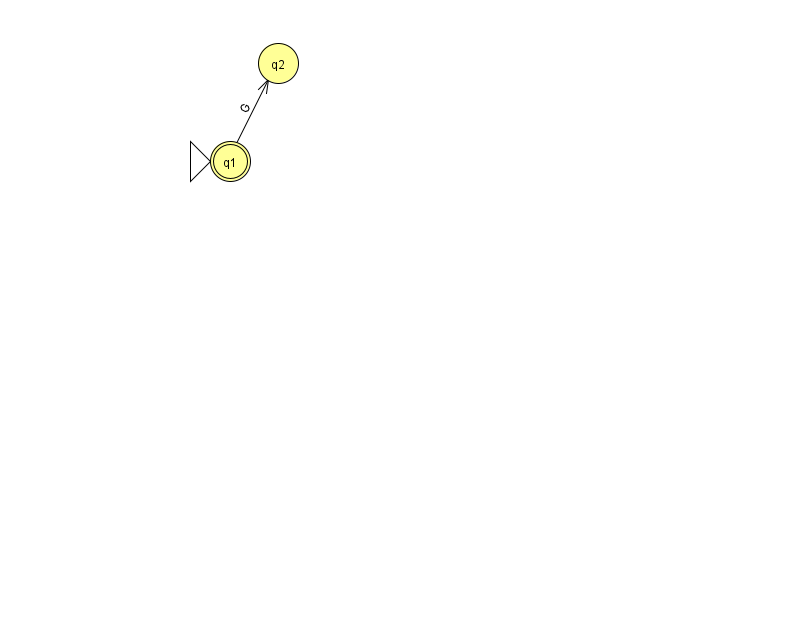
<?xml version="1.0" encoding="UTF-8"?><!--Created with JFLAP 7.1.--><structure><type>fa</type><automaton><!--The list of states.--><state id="1" name="q1"><x>230.0</x><y>148.0</y><initial/><final/></state><state id="2" name="q2"><x>278.0</x><y>50.0</y></state><!--The list of transitions.--><transition><from>1</from><to>2</to><read>G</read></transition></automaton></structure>